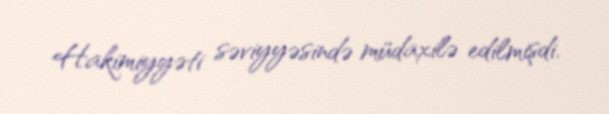
Hakimiyyəti səviyyəsində müdaxilə edilmişdi.